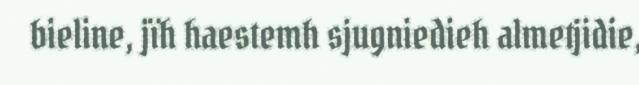
bieline, jïh haestemh sjugniedieh almetjidie,